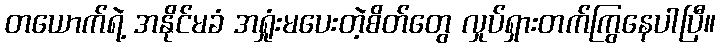
တယောက်ရဲ့ အနိုင်မခံ အရှုံးမပေးတဲ့စိတ်တွေ လှုပ်ရှားတက်ကြွနေပါပြီ။